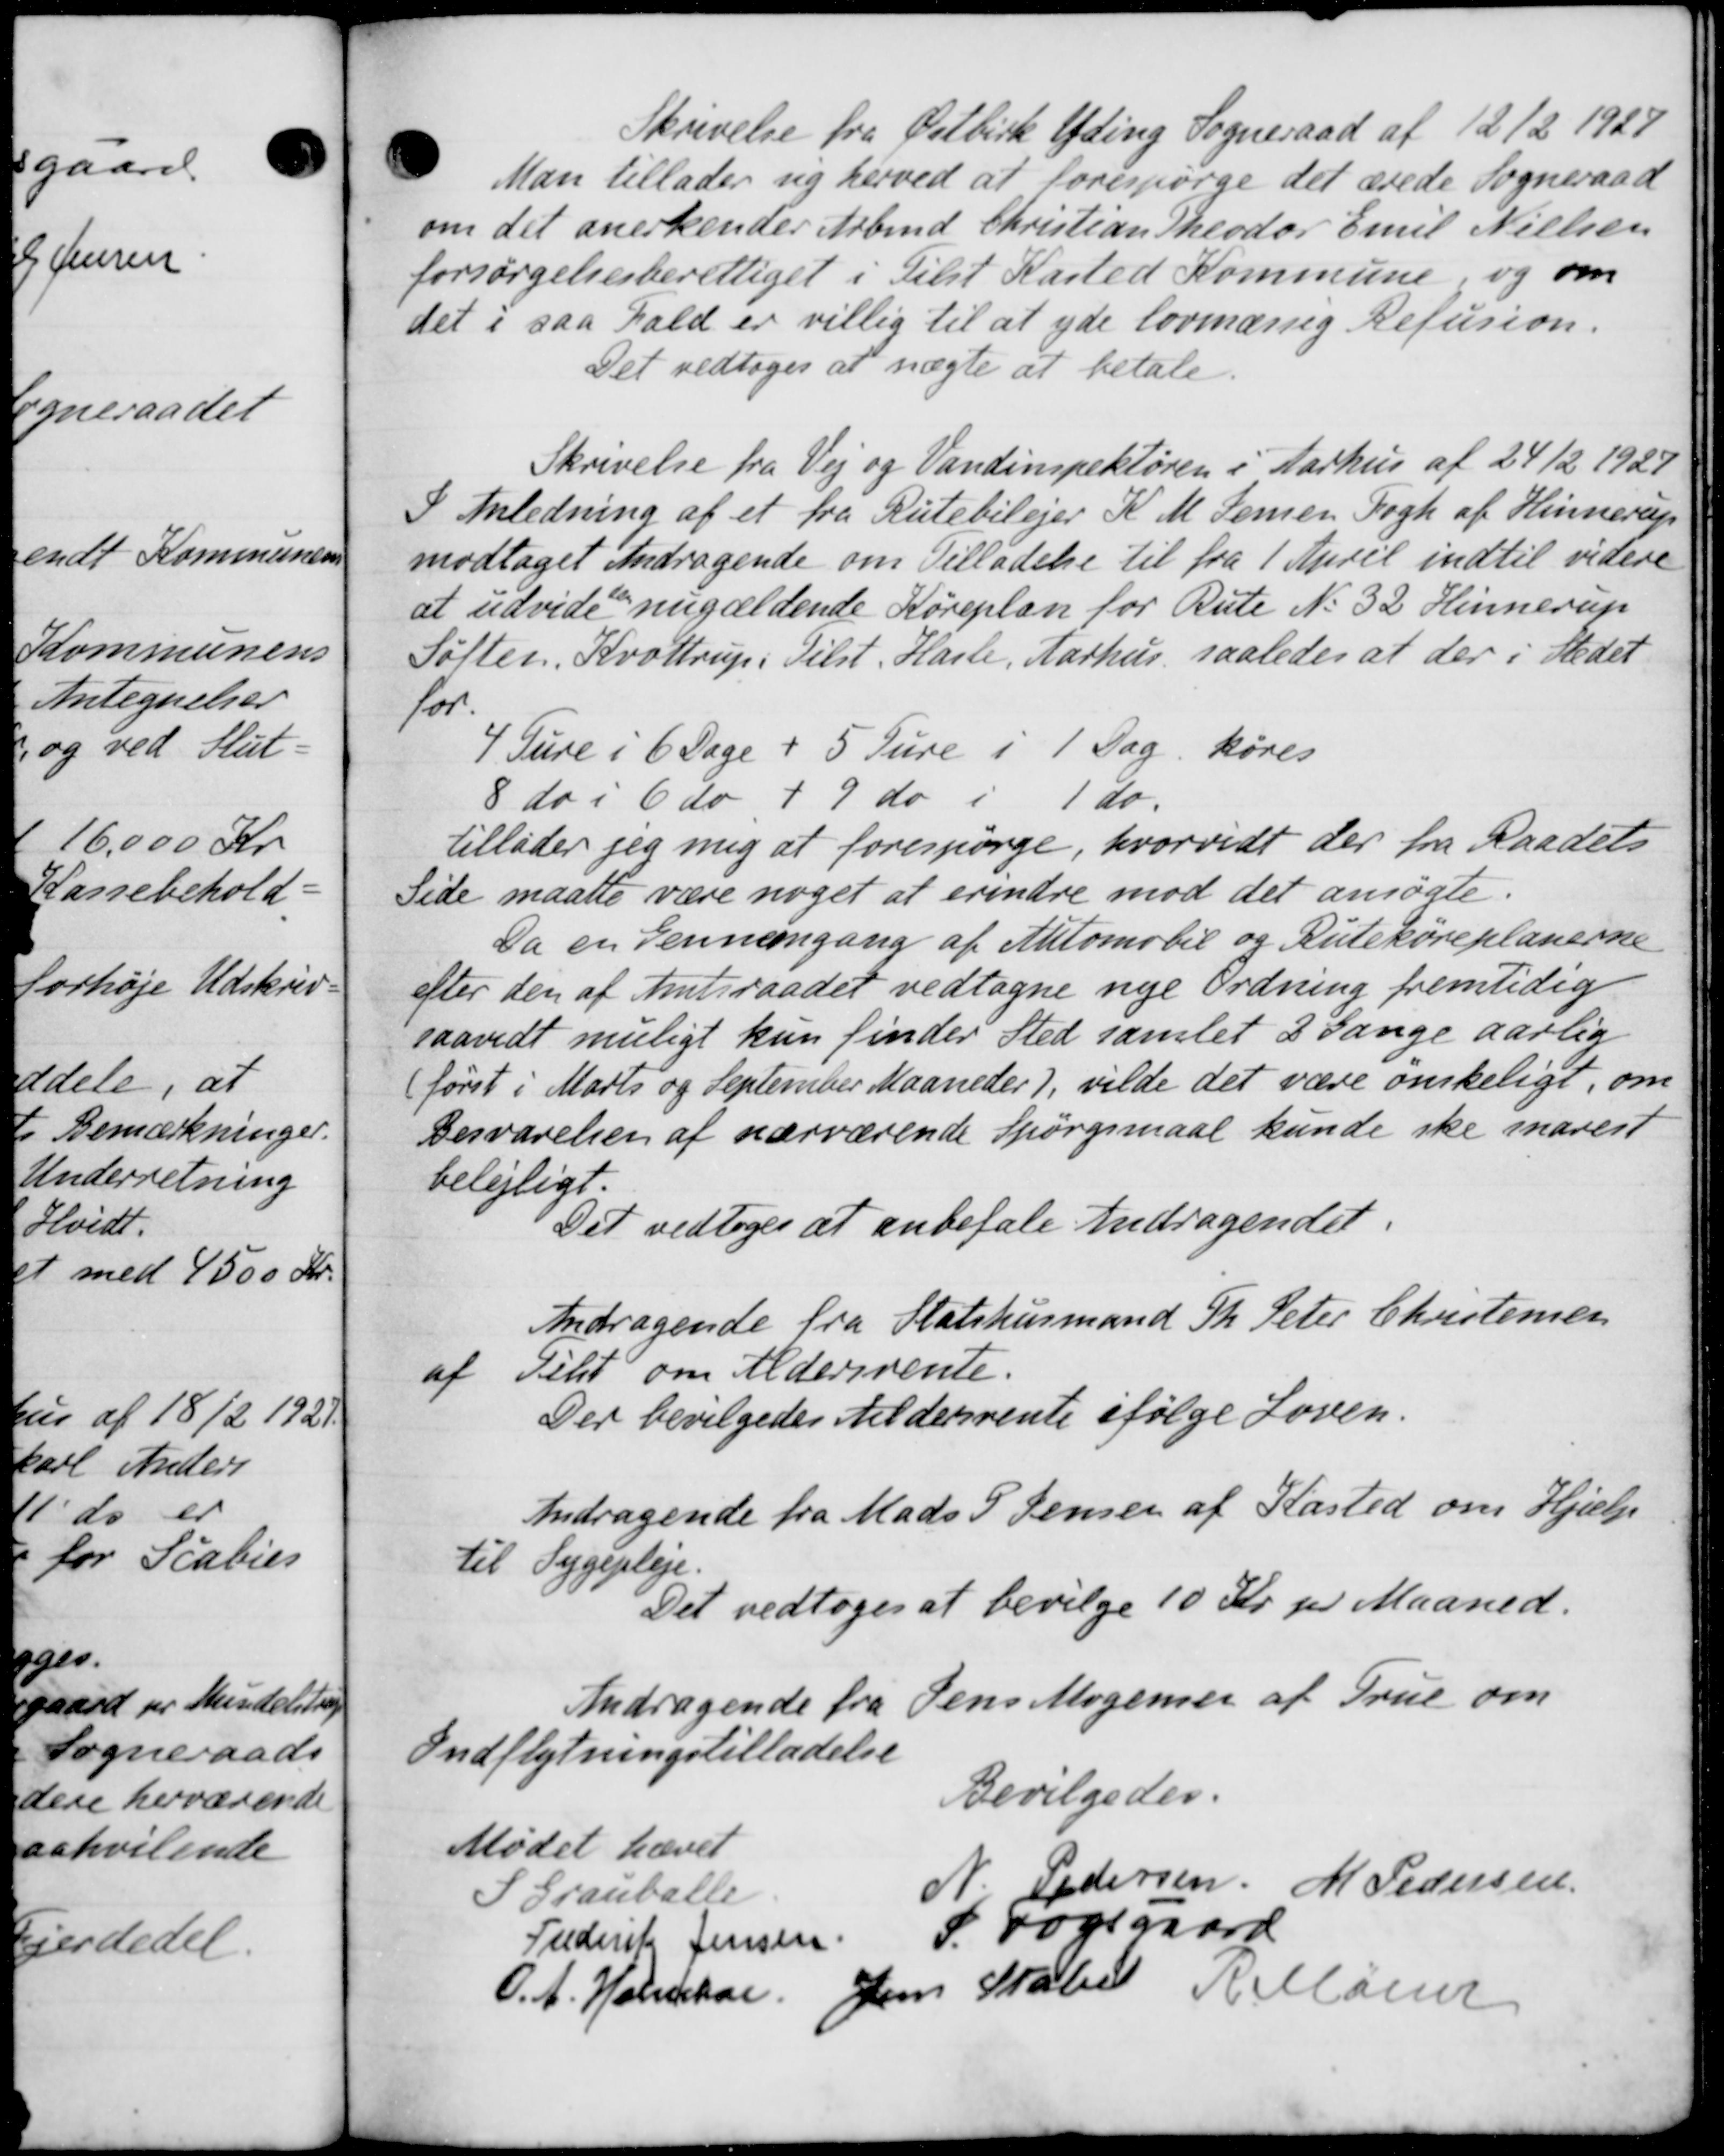
Transskription:
Skrivelse fra Østbirk Yding Sogneraad af 12/2 1927
Man tillader sig herved at forespørge det ærede Sogneraad
om det anerkender Arbmd. Christian Theodor Emil Nielsen
forsørgelsesberettiget i Tilst Kasted Kommune, og om
det i saa Fald er villig til at yde lovmæssig Refusion.
Det vedtoges at nægte at betale.
Skrivelse fra Vej og Vandinspektøren i Aarhus af 24/2 1927
I Anledning af et fra Rutebilejer K. M. Jensen Fogh af Hinnerup
modtaget Andragende om Tilladelse til fra 1 April indtil videre
at udvide nugældende Køreplan for Rute No 32 Hinnerup
Søfter. Krøttrup: Tilst. Hasle, Aarhus, saaledes at der i Stedet.
for
4 Ture i 6 Dage + 5 Ture i 1 Dag. køres
8 do i 6 do, + 9 do i
1 do.
tillader jeg mig at forespørge, hvorvidt der fra Raadets
Side maatte være noget at erindre mod det ansøgte.
Da en Gennemgang af Automobil og Rutekøreplanerne
efter den af Amtsraadet vedtagne nye Ordning fremtidig
saavidt muligt kun finder Sted samlet 2 Gange aarlig
først i Marts og September Maaneder), vilde det være ønskeligt, om
Besvarelsen af nærværende Spørgsmaal kunde ske snarest
belejligt
Det vedtoges at anbefale Andragendet.
Andragende fra Statshusmand Th. Peter Christensen
af Tilst om Aldersrente.
Der bevilgedes Aldersrente ifølge Loven.
Andragende fra Mads P Jensen af Kasted om Hjælp
til Sygepleje.
Det vedtoges at bevilge 10 Kr. pr Maaned.
Andragende fra Jens Mogensen af True om
Indflytningstilladelse
Bevilgedes.
Mødet hævet
Grauballe
N. Pedersen M Pedersen
Frederik Jensen
S. Fogsgaard
O. A. Holmskov Jens Staben Rellaner